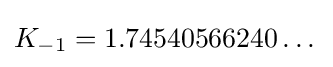
K_{-1}=1.74540566240\dots